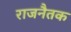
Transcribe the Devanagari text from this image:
राजनैतक